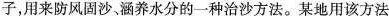
子，用来防风固沙、涵养水分的一种治沙方法。某地用该方法